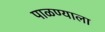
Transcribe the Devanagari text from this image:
पाळण्याला